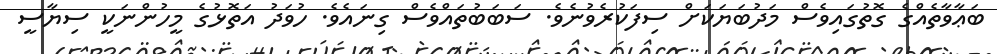
ބަޢާވާތެއްގެ ގޮތުގައިވެސް މަދުބަޔަކަށް ސިފަކުރެވުނެވެ. ސަބަބުތައްވެސް ގިނައެވެ. ހުވަދު އަތޮޅުގެ މީހުންނަކީ ސިޔާސީ